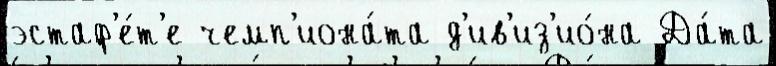
эстаф'е́т'е чемп'иона́та д'ив'из'ио́на Да́та